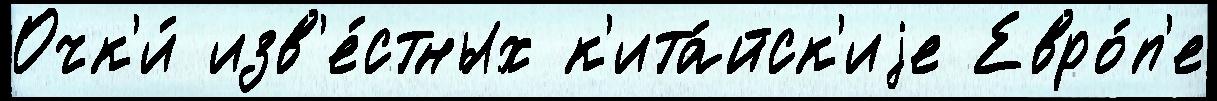
Очк'и́ изв'е́стных к'ита́йск'иjе Евро́п'е